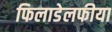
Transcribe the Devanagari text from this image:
फिलाडेलफीया